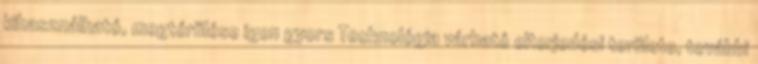
kihasználható, megtérülése igen gyors Technológia várható elterjedési területe, további